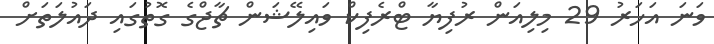
ވަނަ އަހަރު 29 މިލިއަން ރުފިޔާ ޓްރެފިކް ވައިލޭޝަން ޗާޖްގެ ގޮތުގައި ދައުލަތަށް